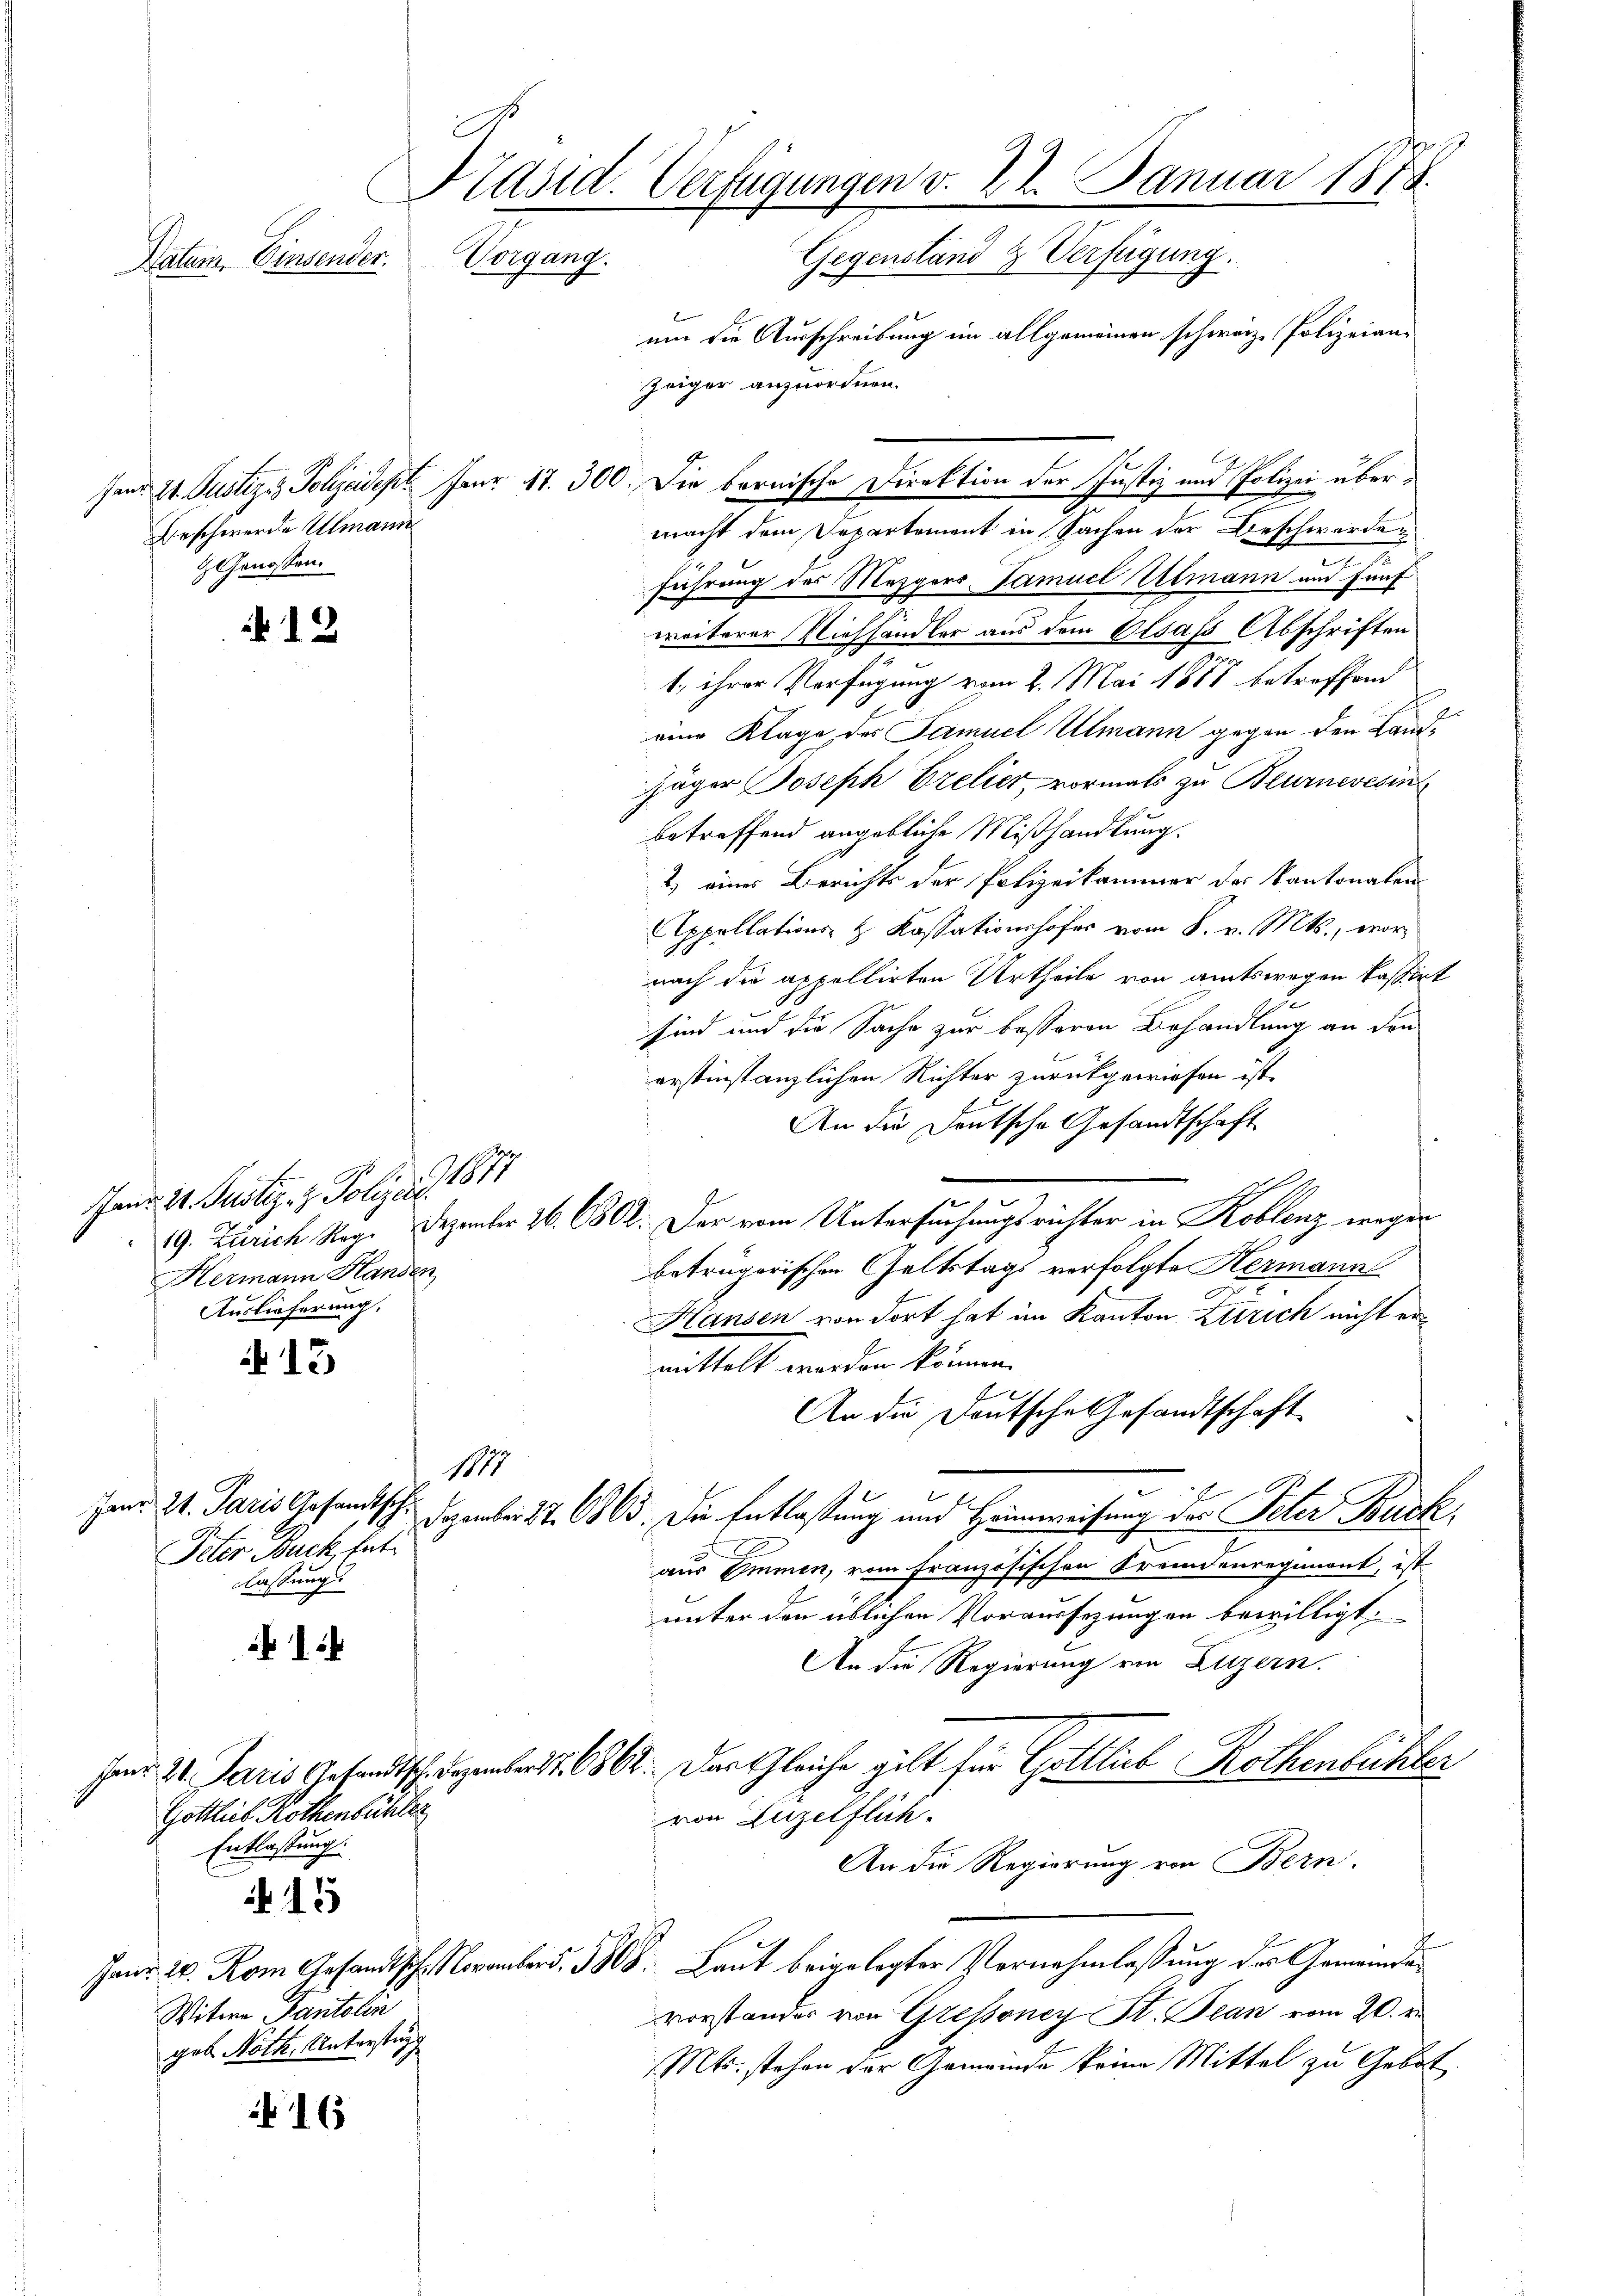
Präsid. Verfügungen v. 22. Januar 1878.
Gegenstand & Verfügung.
Vorgang.
Datum, Einsender.

Beschwerde Ulmann
H Genossen.

12

107
Janr. 21. Justiz- & Polizeit.
Hermann Handen
Auslieferung.

A 15

1879
Peter Back, hat.
lassung.

.

Gottlieb Rothenbühler
Entlassung.

15

Witwe Pantalin
geb. Noth, Unterstung

16

um die Ausschreibung im allgemeinen schweiz. Polizeian¬
Jenr 21. Justizy, Polizeidept Fr. 17. 300. Die bernische Direktion der Justiz und Polizei übermacht dem Departement in Sachen der Beschwerden
führung des Mezgers Famuel Ulmann und fünf
weiterer Viehhändler aus dem Elsass Abschriften
1, ihrer Verfügung vom 2. Mai 1888 betreffend
eine Klage des Samuel Ulmann gegen den Land¬
Jäger Joseph Vrelier, vormals zu Beurneresin
betreffend angebliche Mißhandlung.
2) eines Berichts der Polizeikammer des Kantonalen
Appellations- & Kassationshofer vom 8. v. Mts., wornach die appellirten Urtheile von amtswegen kassirt
2
sind und die Sache zur besseren Behandlung an den
erstinstanzlichen Richter zurückgewiesen ist.
An die Deutsche Gesandtschaft
19. Zürich Reg. Dezember 26. 6802. Der vom Untersuchungsrichter in Koblenz wegen
beträgerischen Geltstags verfolgte Hermann
Hansen von dort hat im Kanton Zürich nicht ermittelt werden können.
An die Deutsche Gesandtschaft.
Hand 21. Paris Gesandtsch. Dezember 27. 6963. Die Entlaßung und Heimweisung des Peter Back
aus Immen, vom Französischen Fremdenregiment, ist
unter den üblichen Voraussezungen bewilligt.
An die Regierung von Luzern.
sed. 2. Paris Gesandtschenbart. 686. Das Gleiche gilt für Gottlich Rothenbühler
von Luzelflich.
An die Regierung von Bern.
Janr. 2. Rom Gesandtsch. November 1808. Laut beigelegter Vornehmlassung des Gemeindevorstander von Gressoney St. Bean vom 20. d.
Mts. stehen der Gemeinde keine Mittel zu Gebot.

Zeiger anzuordnen.